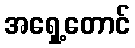
အရှေ့တောင်